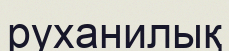
руханилық